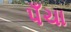
પઁચા